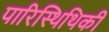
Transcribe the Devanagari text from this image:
पारिस्थिथिकी